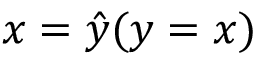
x = { \hat { y } } ( y = x )